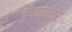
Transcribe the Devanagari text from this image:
दृष्यानंतर